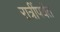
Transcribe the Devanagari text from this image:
रात्रींपर्यंत